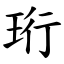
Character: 珩